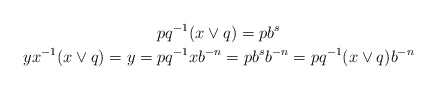
\begin{gather*}pq^{-1}(x\vee q)=pb^s\\yx^{-1}(x\vee q)=y=pq^{-1}xb^{-n}=pb^sb^{-n}=pq^{-1}(x\vee q)b^{-n}\end{gather*}